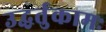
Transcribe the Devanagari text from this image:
उद्धर्तुकामः